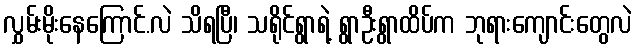
လွှမ်းမိုးနေကြောင်.လဲ သိရပြီ၊ သရိုင်ရွာရဲ့ ရွာဦးရွာထိပ်က ဘုရားကျောင်းတွေလဲ